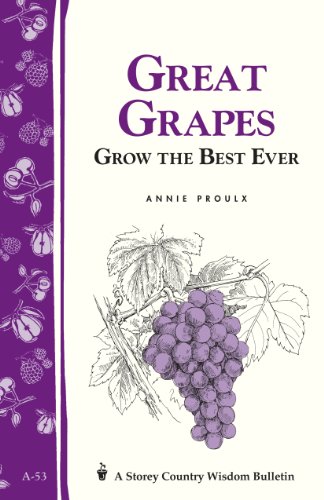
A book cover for Great Grapes: Grow the Best Ever; E. Annie Proulx; Crafts, Hobbies & Home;